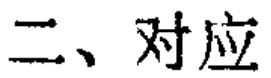
二、对应